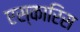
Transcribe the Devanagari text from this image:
एस्कारिस